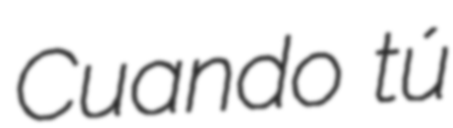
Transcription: Cuando tú